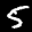
Label: 5